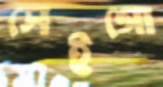
সেইগো